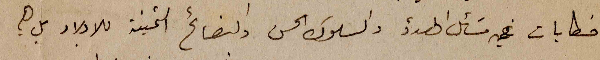
خطابات في مَسائل الهدؤ والسلوك الحسن والنصائح الثمينة للاولاد بل هي